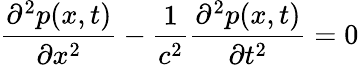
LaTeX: \frac{\partial^{2}p(x,t)}{\partial x^{2}}-\frac{1}{c^{2}}\frac{\partial^{2}p(x,t)}{\partial t^{2}}=0